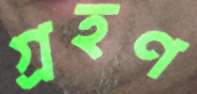
গ্রহণ